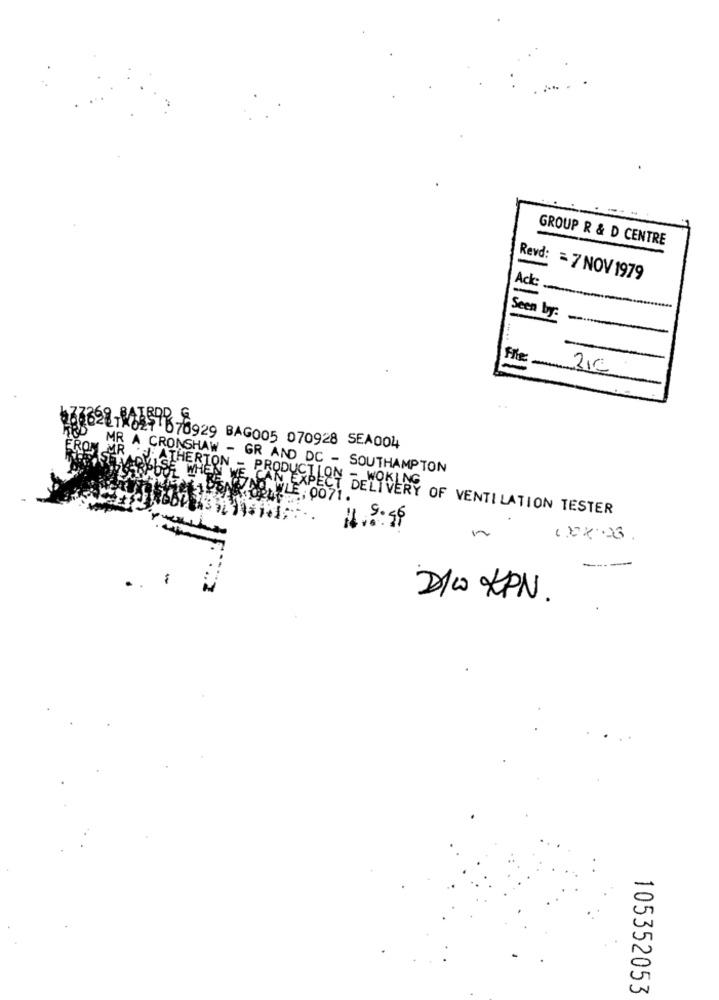
--
GROUP R & D CENTRE
Revd: = 7 NOV 1979
Ack:
Seen by:
-
216
6332818627 678929 BAG005 070928 SEA004
MR A CRONSHAW - GR AND DC - SOUTHAMPTON
FONDO TLE, 0071 .
OF WHEN WE CAN EXPECT DELIVERY OF VENTILATION TESTER
-
DIw KPN.
105352053